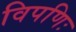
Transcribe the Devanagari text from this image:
विपणिः